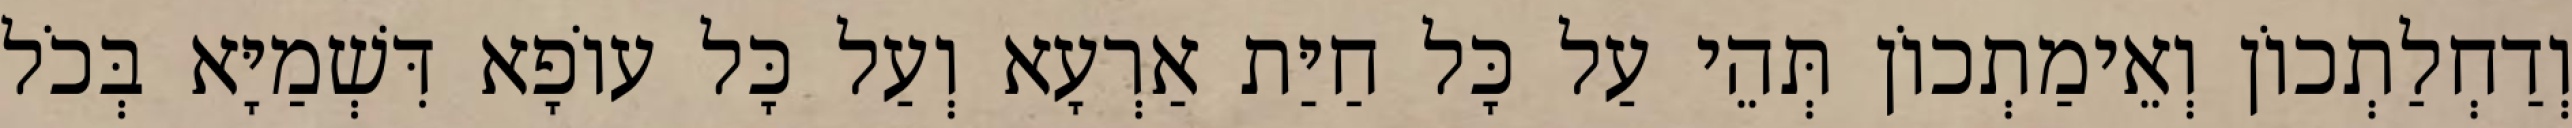
וְדַחְלַתְכוֹן וְאֵימַתְכוֹן תְּהֵי עַל כָּל חַיַּת אַרְעָא וְעַל כָּל עוֹפָא דִּשְׁמַיָּא בְּכֹל